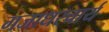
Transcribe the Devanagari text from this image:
गजाधरचार्य